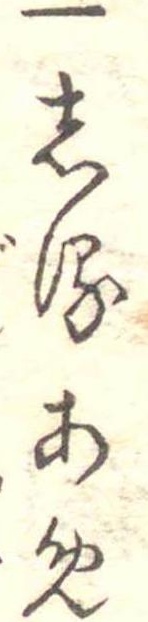
一しるあめ